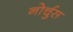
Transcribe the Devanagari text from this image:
नोर्चुस